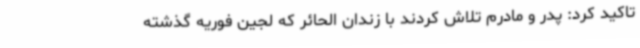
تاکید کرد: پدر و مادرم تلاش کردند با زندان الحائر که لجین فوریه گذشته